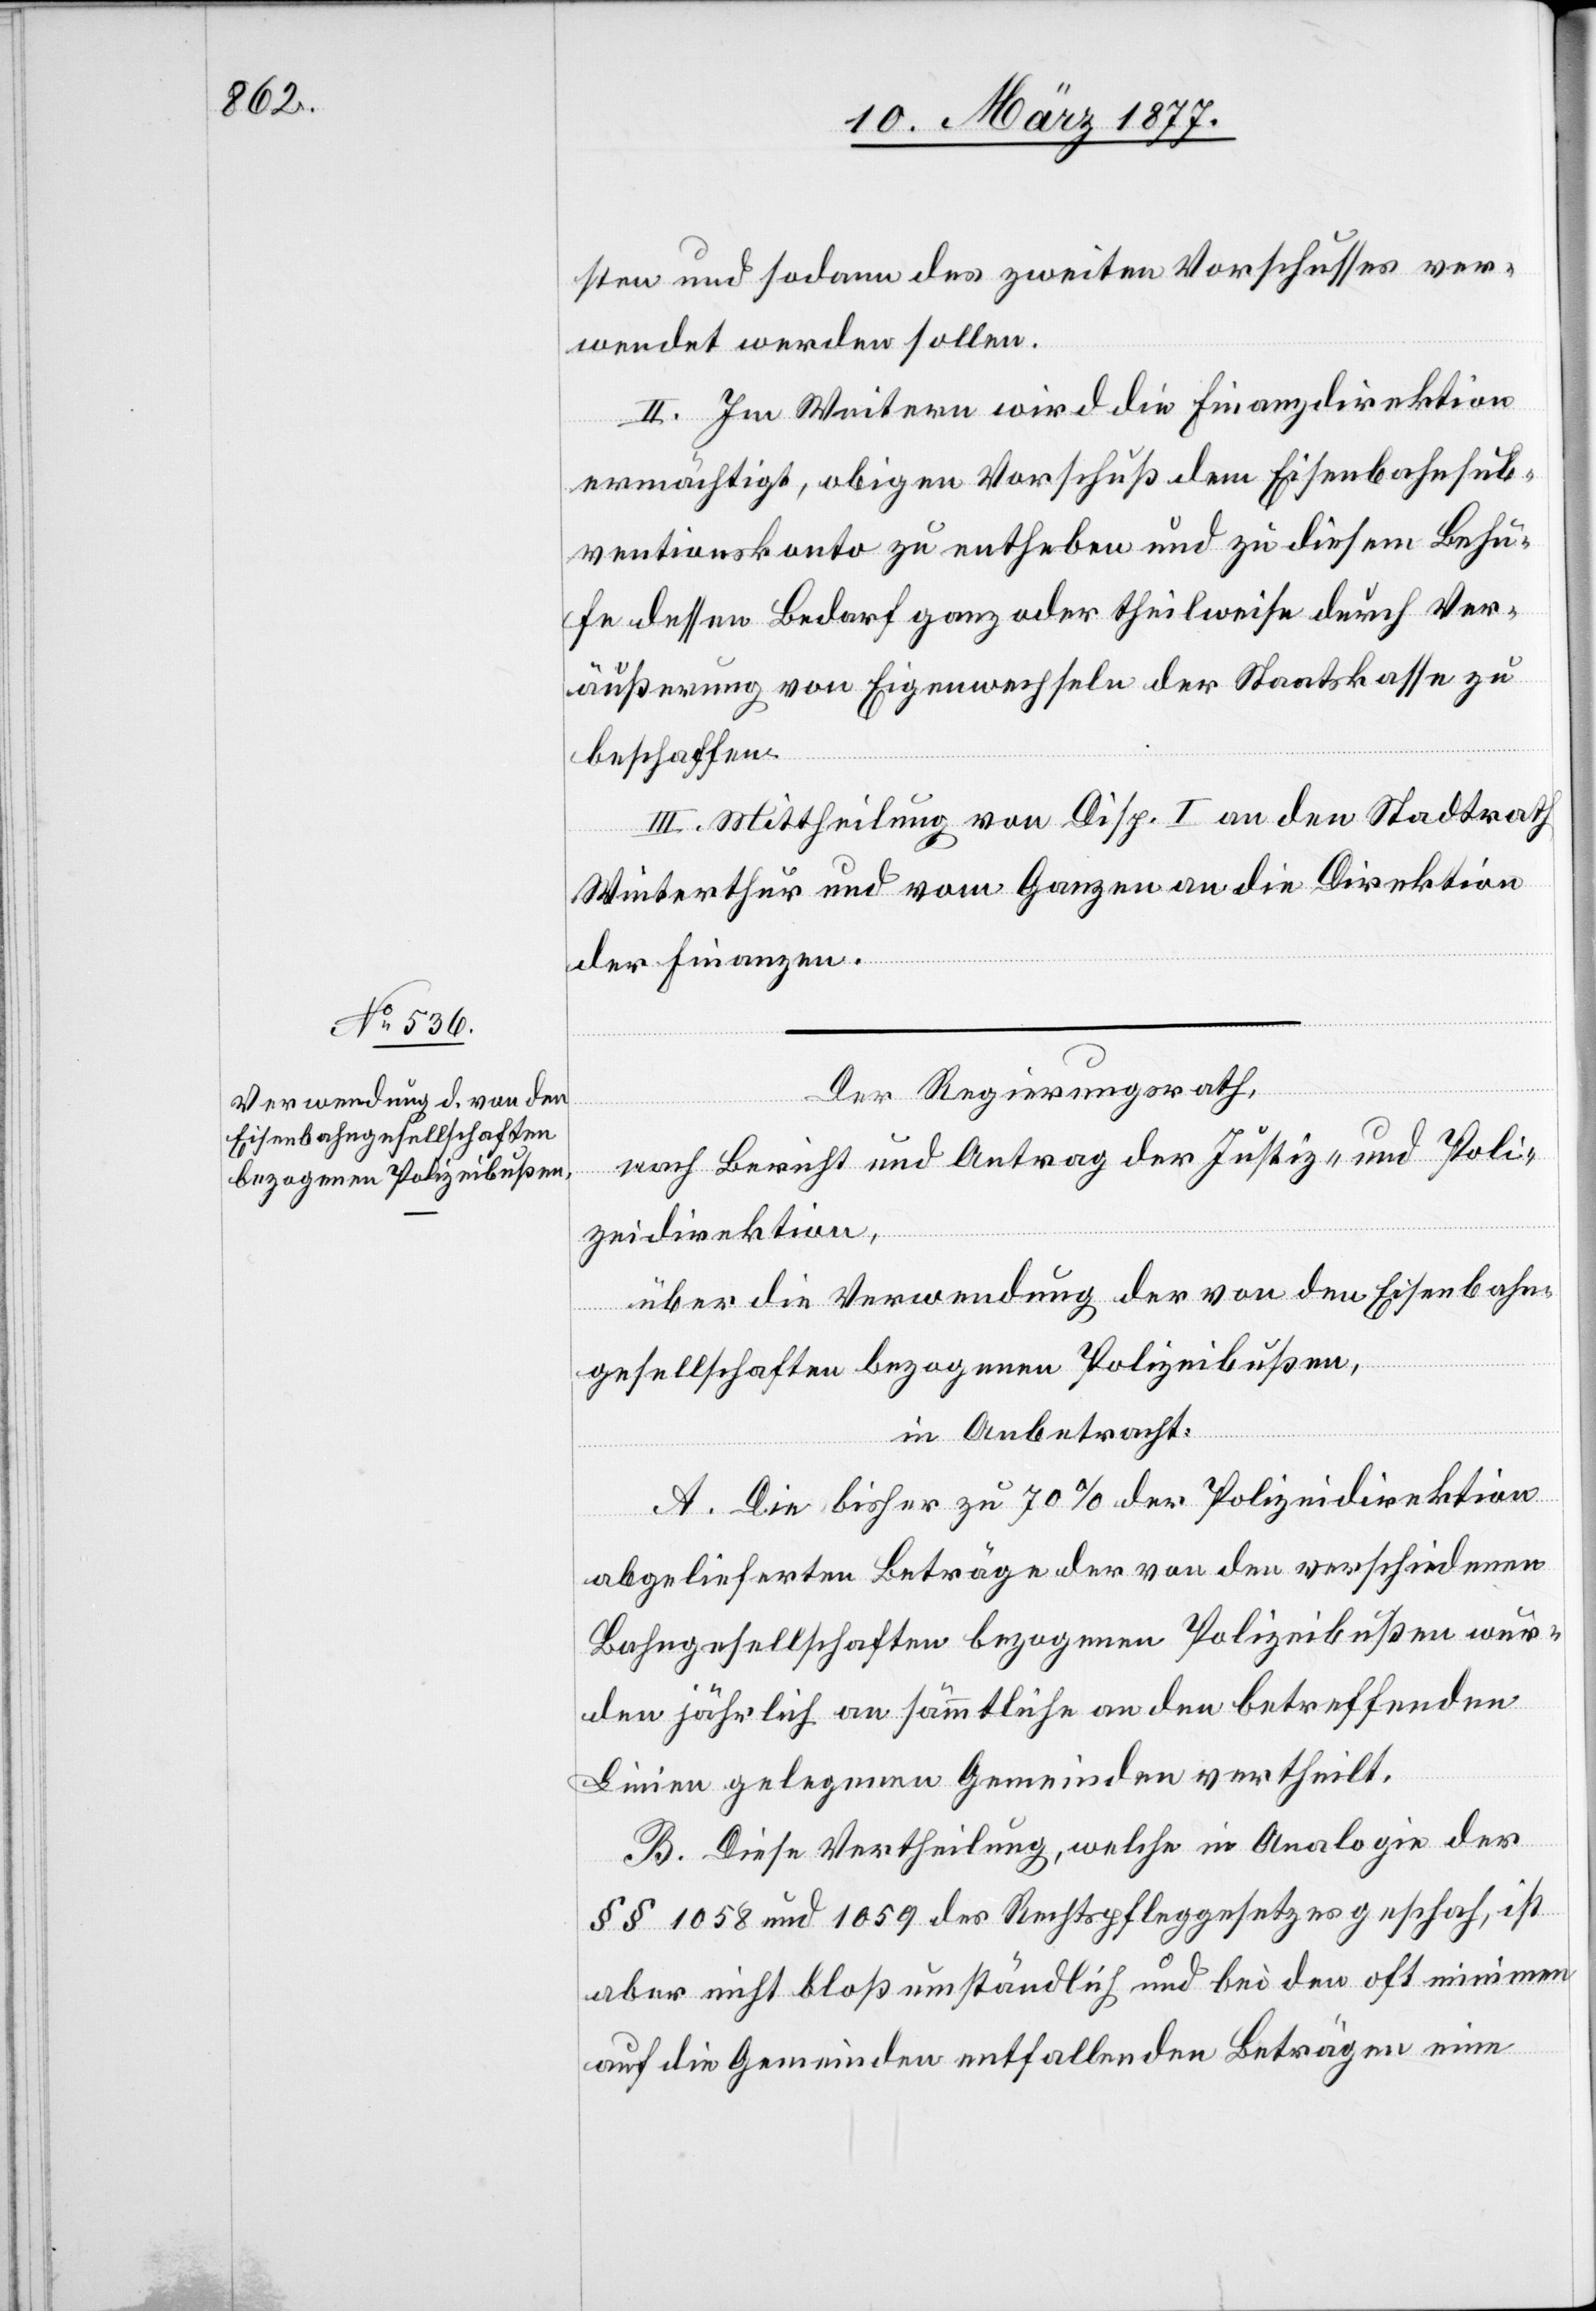
sten und sodann des zweiten Vorschusses ver¬
wendet werden sollen.
II. Im Weitern wird die Finanzdirektion
ermächtigt, obigen Vorschuß dem Eisenbahnsub¬
ventionskonto zu entheben und zu diesem Behu¬
fe dessen Bedarf ganz oder theilweise durch Ver¬
äußerung von Eigenwechseln der Staatskasse zu
beschaffen.
III. Mittheilung von Disp. I an den Stadtrath
Winterthur und vom Ganzen an die Direktion
der Finanzen.
Der Regierungsrath,
nach Bericht und Antrag der Justiz- und Poli¬
zeidirektion,
über die Verwendung der von den Eisenbahn¬
gesellschaften bezogenen Polizeibußen,
in Anbetracht:
A. Die bisher zu 70% der Polizeidirektion
abgelieferten Beträge der von den verschiedenen
Bahngesellschaften bezogenen Polizeibußen wur¬
den jährlich an sämmtliche an den betreffenden
Linien gelegenen Gemeinden vertheilt.
B. Diese Vertheilung, welche in Analogie der
§§ 1058 und 1059 des Rechtspfleggesetzes geschah, ist
aber nicht bloß umständlich und bei den oft minimen
auf die Gemeinden entfallenden Beträgen eine